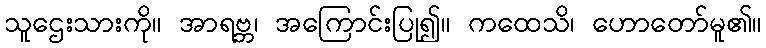
သူဌေးသားကို။ အာရဗ္ဘ၊ အကြောင်းပြု၍။ ကထေသိ၊ ဟောတော်မူ၏။